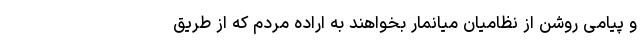
و پیامی روشن از نظامیان میانمار بخواهند به اراده مردم که از طریق